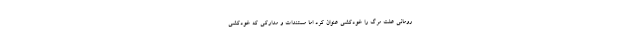
رومانی علت مرگ را خودکشی عنوان کرد اما مستندات و مدارکی که خودکشی